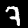
Label: 7